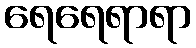
ရေရေရာရာ